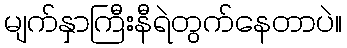
မျက်နှာကြီးနီရဲတွက်နေတာပဲ။